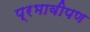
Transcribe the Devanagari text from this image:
प्रभावीपण